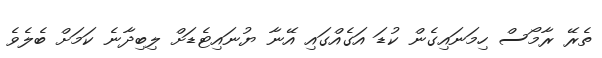
ތެރޭ ރާމޯސް ހިމަނައިގެން ކުޑަ އަގެއްގައި އޭނާ ޔުނައިޓެޑަށް ލިބިދާނެ ކަމަށް ބެލެވެ